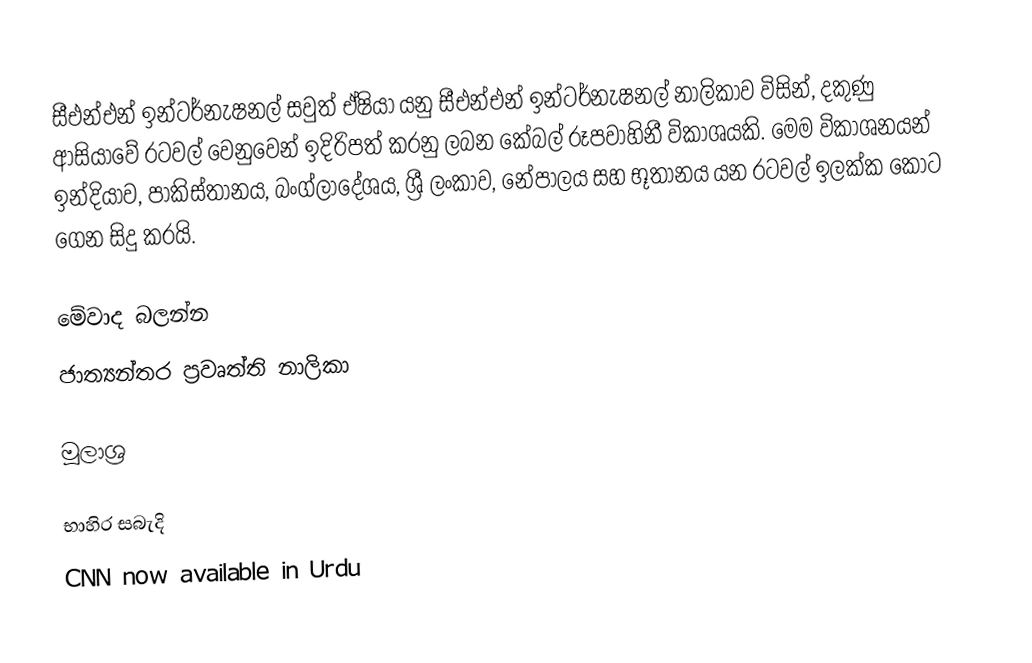
සීඑන්එන් ඉන්ටර්නැෂනල් සවුත් ඒෂියා යනු සීඑන්එන් ඉන්ටර්නැෂනල් නාලිකාව විසින්, දකුණු ආසියාවේ රටවල් වෙනුවෙන් ඉදිරිපත් කරනු ලබන කේබල් රූපවාහිනී විකාශයකි. මෙම විකාශනයන් ඉන්දියාව, පාකිස්තානය, බංග්ලාදේශය, ශ්‍රී ලංකාව, නේපාලය සහ භූතානය යන රටවල් ඉලක්ක කොට ගෙන සිදු කරයි.

මේවාද බලන්න
 ජාත්‍යන්තර ප්‍රවෘත්ති නාලිකා

මූලාශ්‍ර

භාහිර සබැදි
 CNN now available in Urdu